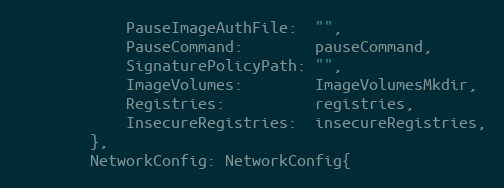
Language: Go
			PauseImageAuthFile:  "",
			PauseCommand:        pauseCommand,
			SignaturePolicyPath: "",
			ImageVolumes:        ImageVolumesMkdir,
			Registries:          registries,
			InsecureRegistries:  insecureRegistries,
		},
		NetworkConfig: NetworkConfig{